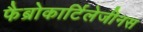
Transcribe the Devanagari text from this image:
फैब्रोकार्टिलेजीनस